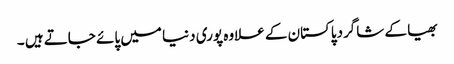
بھیا کے شاگردپاکستان کے علاوہ پوری دنیا میں پائے جاتے ہیں ۔